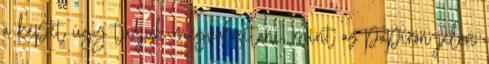
a képet úgy tudjuk megvalósítani, mint az papíron jelen